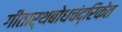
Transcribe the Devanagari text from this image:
गीतार्थबोधचंद्रिकेत